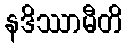
နဒိဿာမီတိ